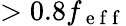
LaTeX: >0.8f_{\mathrm{~e~f~f~}}